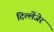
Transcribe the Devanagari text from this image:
दिल्लेंजेर